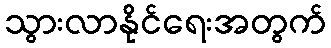
သွားလာနိုင်ရေးအတွက်